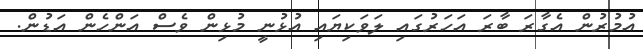
އުމުރުން އެގާރަ ބާރަ އަހަރުގައި ލަވަކިޔައި އުޅުނީ މުޅިން ވެސް އަންހެން އަޑުން.